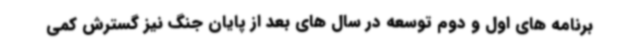
برنامه های اول و دوم توسعه در سال های بعد از پایان جنگ نیز گسترش کمی